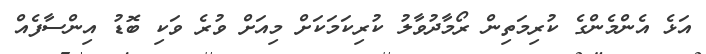
އަޅެ އެންމެންގެ ކުރިމަތިން ރޯމާދުވާލު ކުރިކަމަކަށް މިއަށް ވުރެ ވަކި ބޮޑު އިންސާފެއް